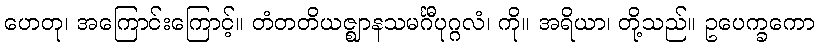
ဟေတု၊ အကြောင်းကြောင့်။ တံတတိယဇ္ဈာနသမင်္ဂီပုဂ္ဂလံ၊ ကို။ အရိယာ၊ တို့သည်။ ဥပေက္ခကော